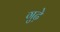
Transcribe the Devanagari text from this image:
गुढ़े